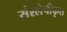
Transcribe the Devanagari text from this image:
संश्लेषीकृत